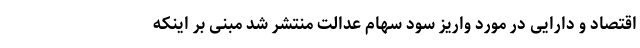
اقتصاد و دارایی در مورد واریز سود سهام عدالت منتشر شد مبنی بر اینکه